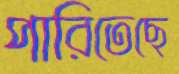
পারিতেছে